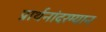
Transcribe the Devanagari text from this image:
प्रार्थनांदरम्यान